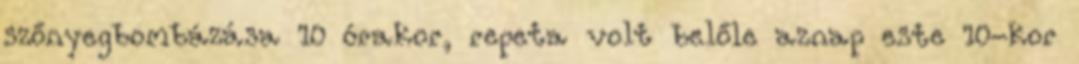
szőnyegbombázása 10 órakor, repeta volt belőle aznap este 10-kor